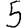
Digit: 5